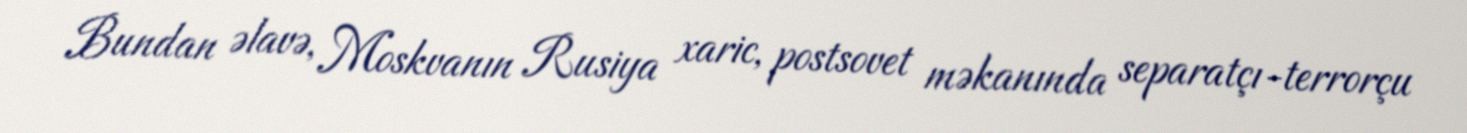
Bundan əlavə, Moskvanın Rusiya xaric, postsovet məkanında separatçı-terrorçu